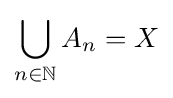
\bigcup _{n\in \mathbb {N} }A_{n}=X